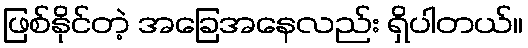
ဖြစ်နိုင်တဲ့ အခြေအနေလည်း ရှိပါတယ်။